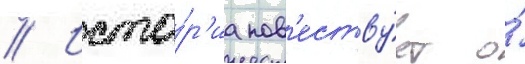
// Исто́р'иа пов'еству́ет о́